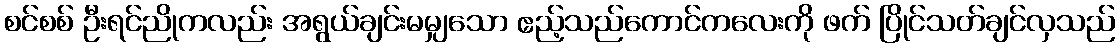
စင်စစ် ဦးရင်ညိုကလည်း အရွယ်ချင်းမမျှသော ဧည့်သည်ကောင်ကလေးကို ဖက် ပြိုင်သတ်ချင်လှသည်